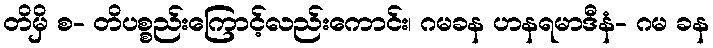
တိမှိ စ- တိပစ္စည်းကြောင့်လည်းကောင်း၊ ဂမခန ဟနရမာဒီနံ- ဂမ ခန